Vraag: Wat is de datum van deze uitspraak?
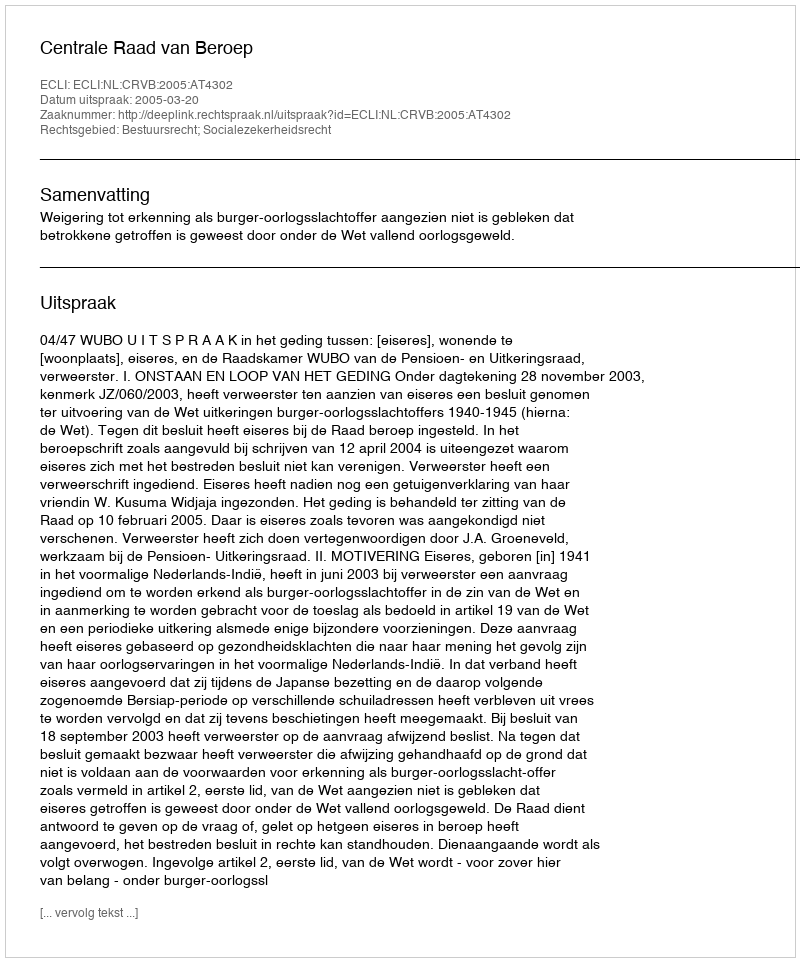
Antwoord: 2005-03-20